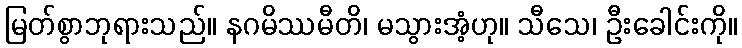
မြတ်စွာဘုရားသည်။ နဂမိဿမီတိ၊ မသွားအံ့ဟု။ သီသေ၊ ဦးခေါင်းကို။